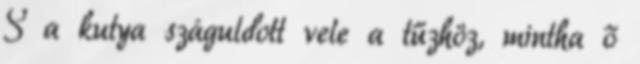
S a kutya száguldott vele a tűzhöz, mintha ő